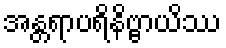
အန္တရာပရိနိဗ္ဗာယိဿ